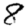
Digit: 8